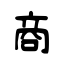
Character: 商